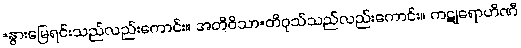
=နွားမြေရင်းသည်လည်းကောင်း။ အတိဝိသာ=တိဝုသ်သည်လည်းကောင်း။ ကဋုရောဟိဏီ